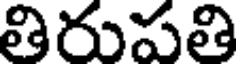
తిరుపతి